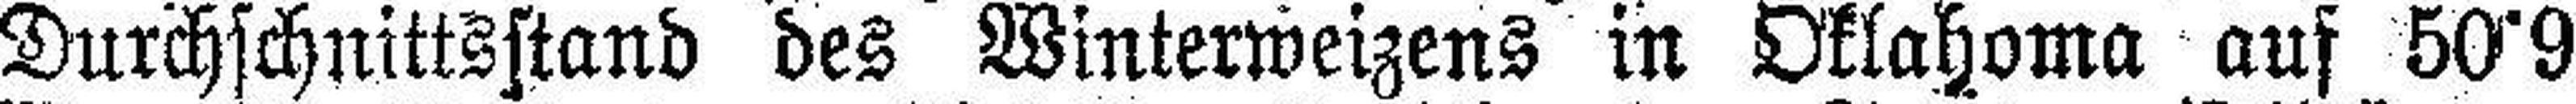
Durchschnittsstand des Winterweizens in Oklahoma auf 50°9